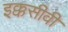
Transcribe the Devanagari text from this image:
इक्कसीवीं